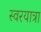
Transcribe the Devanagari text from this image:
स्वरयात्रा